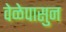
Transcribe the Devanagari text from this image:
वेळेपासुन